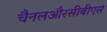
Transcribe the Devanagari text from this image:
चैनलऔरसीबीएस